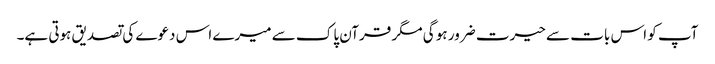
آپ کو اس بات سے حیرت ضرور ہو گی مگر قرآن پاک سے میرے اس دعوے کی تصدیق ہوتی ہے۔